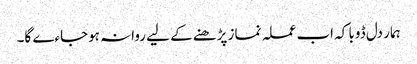
ہمار دل ڈوبا کہ اب عملہ نماز پڑھنے کے لیے روانہ ہوجاءے گا۔